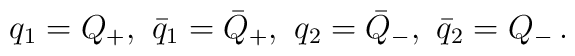
q_{1}=Q_{+},\,\,\bar{q}_{1}=\bar{Q}_{+},\,\,q_{2}=\bar{Q}_{-},\,\,\bar{q}_{2}=Q_{-}\,.